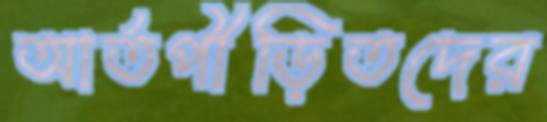
আর্তপীড়িতদের